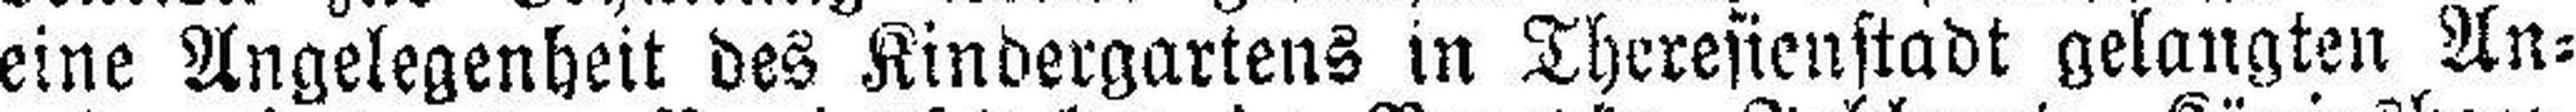
eine Angelegenheit des Kindergartens in Theresienstadt gelangten An¬